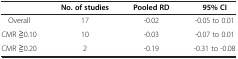
<table><thead><tr><td><b> </b></td><td><b>No. of studies</b></td><td><b>Pooled RD</b></td><td><b>95% CI</b></td></tr></thead><tbody><tr><td>Overall</td><td>17</td><td>-0.02</td><td>-0.05 to 0.01</td></tr><tr><td>CMR ≧0.10</td><td>10</td><td>-0.03</td><td>-0.07 to 0.01</td></tr><tr><td>CMR ≧0.20</td><td>2</td><td>-0.19</td><td>-0.31 to -0.08</td></tr></tbody></table>